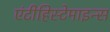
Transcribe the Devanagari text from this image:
एंटीहिस्टेमाइन्स